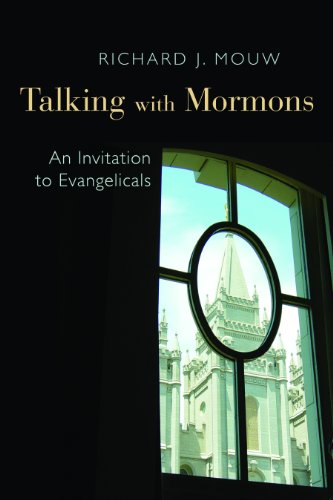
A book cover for Talking with Mormons: An Invitation to Evangelicals; Richard J. Mouw; Christian Books & Bibles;